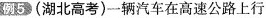
例5(湖北高考)一辆汽车在高速公路上行